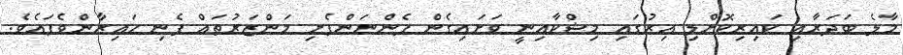
މާލެ ބަދަރާއި ކައިރިކޮށްލި އިރުގައި މިޝްކާއިނީ ވަށައިގެން ފެންނަންފެށި މަންޒަރުތައް ފެނި ހައިރާންވެފައެވެ.